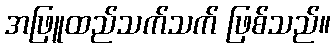
အဖြူထည်သက်သက် ဖြစ်သည်။